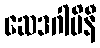
ဆေဒဂါမိနီ